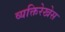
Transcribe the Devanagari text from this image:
व्यक्तिरेखेस